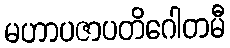
မဟာပဇာပတိဂေါတမီ